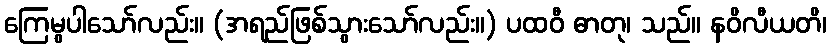
ကြေမွပါသော်လည်း။ (အရည်ဖြစ်သွားသော်လည်း။) ပထဝီ ဓာတု၊ သည်။ နဝိလီယတိ၊